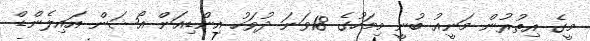
މީގެ އިތުރުން މަނީއު ބުނީ މިމަހުގެ 18ވަނަ ދުވަހު އިންޑިއަން އޯޝަން އައިލެންޑް